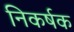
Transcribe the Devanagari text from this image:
निकर्षक